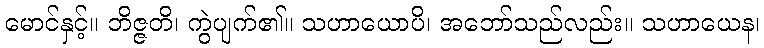
မောင်နှင့်။ ဘိဇ္ဇတိ၊ ကွဲပျက်၏။ သဟာယောပိ၊ အဘော်သည်လည်း။ သဟာယေန၊